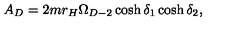
A _ { D } = 2 m r _ { H } \Omega _ { D - 2 } \cosh \delta _ { 1 } \cosh \delta _ { 2 } ,